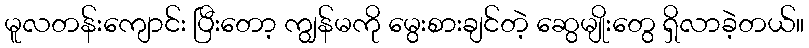
မူလတန်းကျောင်း ပြီးတော့ ကျွန်မကို မွေးစားချင်တဲ့ ဆွေမျိုးတွေ ရှိလာခဲ့တယ်။